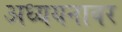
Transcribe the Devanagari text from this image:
अध्ययनावर